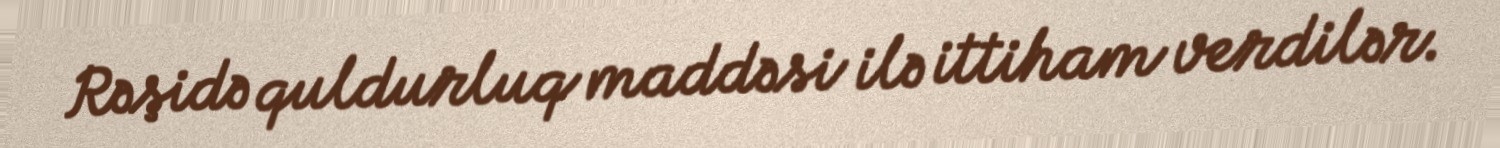
Rəşidə quldurluq maddəsi ilə ittiham verdilər.